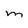
Character: m